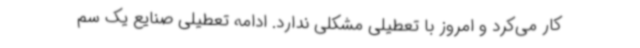
کار می‌کرد و امروز با تعطیلی مشکلی ندارد. ادامه تعطیلی صنایع یک سم